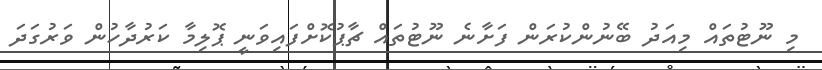
މި ނޫޓުތައް މިއަދު ބޭނުންކުރަން ފަށާނެ ނޫޓުތައް ޗާޕުކޮށްފައިވަނީ ޕޮލިމާ ކަރުދާހުން ވަރުގަދަ